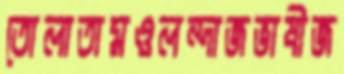
তোলাতামওলন্দাজভাষীজ